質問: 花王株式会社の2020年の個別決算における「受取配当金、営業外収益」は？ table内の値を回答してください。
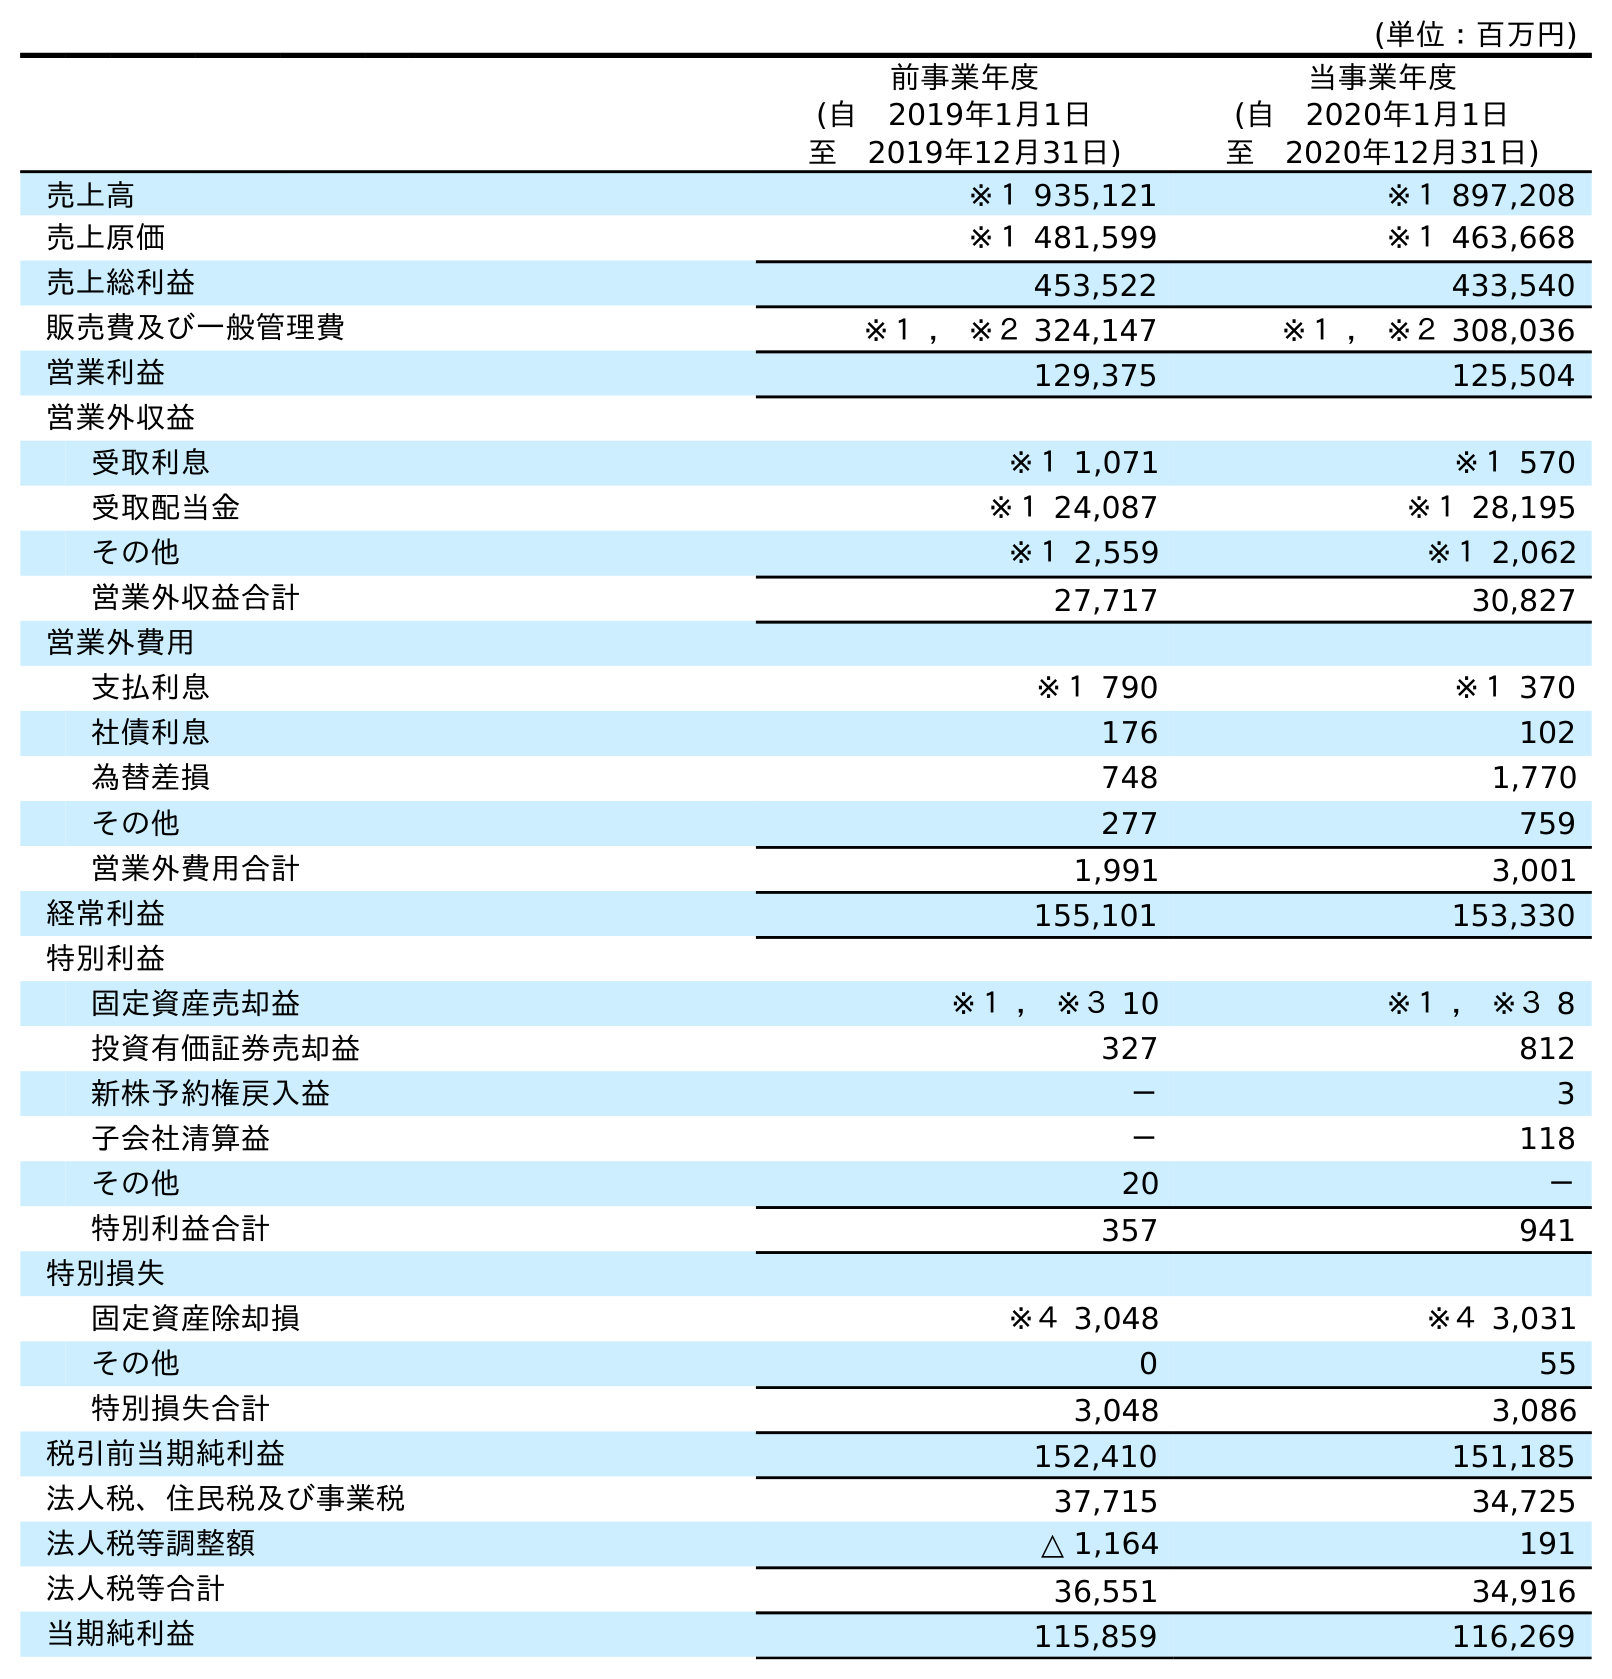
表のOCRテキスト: (単位：百万円) 前事業年度 (自 2019年1月1日 至 2019年12月31日) 当事業年度 (自 2020年1月1日 至 2020年12月31日) 売上高 ※１ 935,121 ※１ 897,208 売上原価 ※１ 481,599 ※１ 463,668 売上総利益 453,522 433,540 販売費及び一般管理費 ※１ ， ※２ 324,147 ※１ ， ※２ 308,036 営業利益 129,375 125,504 営業外収益 受取利息 ※１ 1,071 ※１ 570 受取配当金 ※１ 24,087 ※１ 28,195 その他 ※１ 2,559 ※１ 2,062 営業外収益合計 27,717 30,827 営業外費用 支払利息 ※１ 790 ※１ 370 社債利息 176 102 為替差損 748 1,770 その他 277 759 営業外費用合計 1,991 3,001 経常利益 155,101 153,330 特別利益 固定資産売却益 ※１ ， ※３ 10 ※１ ， ※３ 8 投資有価証券売却益 327 812 新株予約権戻入益 － 3 子会社清算益 － 118 その他 20 － 特別利益合計 357 941 特別損失 固定資産除却損 ※４ 3,048 ※４ 3,031 その他 0 55 特別損失合計 3,048 3,086 税引前当期純利益 152,410 151,185 法人税、住民税及び事業税 37,715 34,725 法人税等調整額 △ 1,164 191 法人税等合計 36,551 34,916 当期純利益 115,859 116,269
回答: ※１28,195